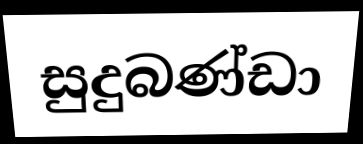
සුදුබණ්ඩා